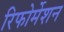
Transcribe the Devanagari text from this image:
रिफोर्मेशन